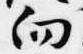
向